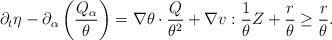
LaTeX: \begin{align*} \begin{aligned}\partial_t\eta-\partial_{\alpha}\left(\frac{Q_{\alpha}}{\theta}\right) = \nabla\theta\cdot\frac{Q}{\theta^2} + \nabla v : \frac{1}{\theta} Z +\frac{r}{\theta}\ge \frac{r}{\theta}. \end{aligned}\end{align*}